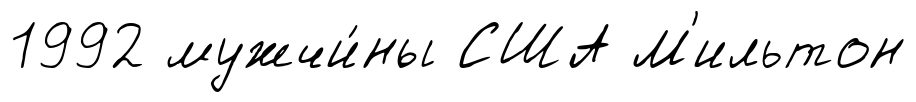
1992 мужчи́ны США М'ильтон